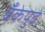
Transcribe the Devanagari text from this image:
बँकेपुढे